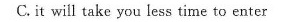
C. it will take you less time to enter